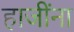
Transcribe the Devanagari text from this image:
हाजींना